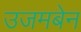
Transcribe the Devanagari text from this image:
उजमबेन